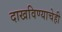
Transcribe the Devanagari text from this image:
दाखविण्याचेही